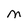
Character: M